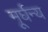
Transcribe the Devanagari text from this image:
मूर्घन्य